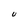
Character: U